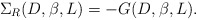
\begin{align*}\Sigma _{R}(D,\beta ,L)=-G(D,\beta ,L). \end{align*}